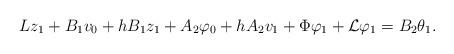
LaTeX: \begin{align*}Lz_{1} + B_{1}v_{0} + hB_{1}z_{1} + A_{2}\varphi_{0} + hA_{2}v_{1} + \Phi\varphi_{1} + {\cal L}\varphi_{1} = B_{2}\theta_{1}. \end{align*}